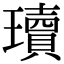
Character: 瓄